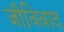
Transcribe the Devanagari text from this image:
जीविवाद